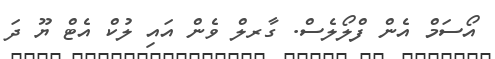
އޯސަމް އެން ފްލޯލެސް. ގާރލް ވެން އައި ލުކް އެޓް ޔޫ ދަ